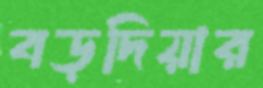
বড়দিয়ার